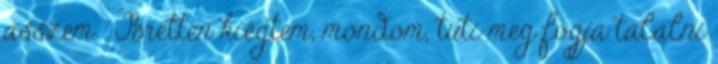
asszem . Bretten kiégtem, mondom, tuti meg fogja találni